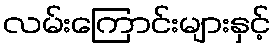
လမ်းကြောင်းများနှင့်